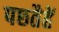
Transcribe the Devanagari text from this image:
पछ्तैहें